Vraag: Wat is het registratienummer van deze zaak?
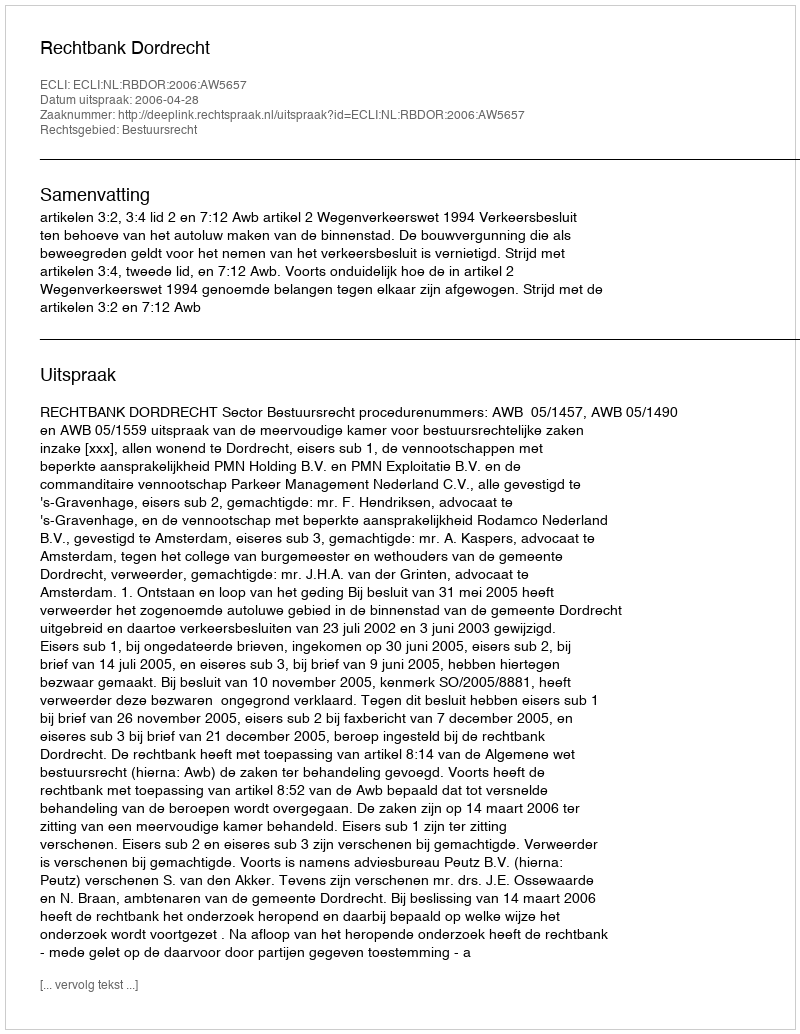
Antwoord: http://deeplink.rechtspraak.nl/uitspraak?id=ECLI:NL:RBDOR:2006:AW5657